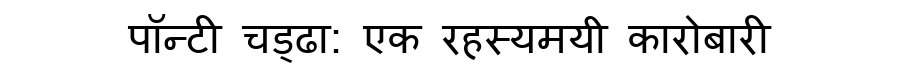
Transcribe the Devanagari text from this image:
पॉन्टी चड्ढा: एक रहस्यमयी कारोबारी